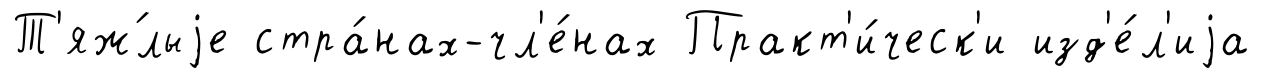
Т'яж́лыjе стра́нах-чл'е́нах Практ'и́ческ'и изд'е́л'иjа